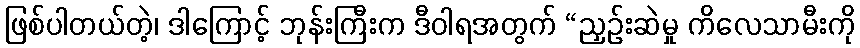
ဖြစ်ပါတယ်တဲ့၊ ဒါကြောင့် ဘုန်းကြီးက ဒီဝါရအတွက် “ညှဉ်းဆဲမှု ကိလေသာမီးကို